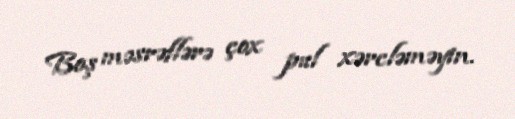
Boş məsrəflərə çox pul xərcləməyin.